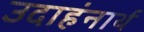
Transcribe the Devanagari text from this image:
उदाहंनार्थ